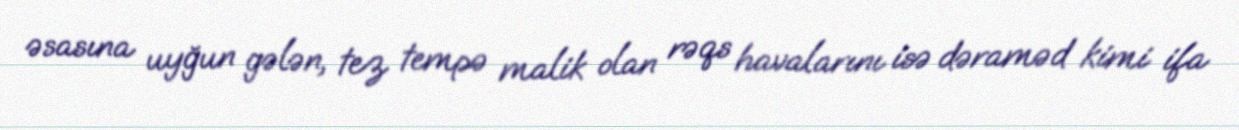
əsasına uyğun gələn, tez tempə malik olan rəqs havalarını isə dəraməd kimi ifa